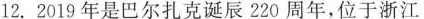
12.2019年是巴尔扎克诞辰220周年，位于浙江